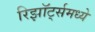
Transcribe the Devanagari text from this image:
रिझॉर्ट्‍समध्ये